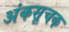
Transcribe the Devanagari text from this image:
अंकसूचक